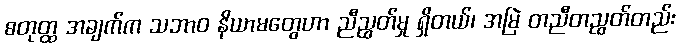
စတုတ္ထ အချက်က သဘာဝ နိယာမတွေဟာ ညီညွတ်မှု ရှိတယ်၊ အမြဲ တညီတညွတ်တည်း